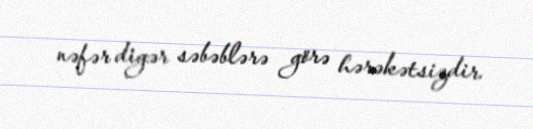
nəfər digər səbəblərə görə hərəkətsizdir.